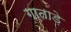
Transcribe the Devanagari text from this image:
गाताड़े